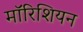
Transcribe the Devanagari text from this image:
मॉरिशियन